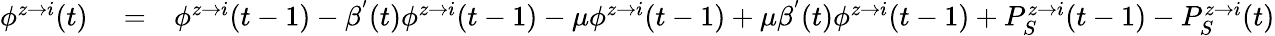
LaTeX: \begin{array}{rlr}{\phi^{z\rightarrow i}(t)}&{{}=}&{\phi^{z\rightarrow i}(t-1)-\beta^{'}(t)\phi^{z\rightarrow i}(t-1)-\mu\phi^{z\rightarrow i}(t-1)+\mu\beta^{'}(t)\phi^{z\rightarrow i}(t-1)+P_{S}^{z\rightarrow i}(t-1)-P_{S}^{z\rightarrow i}(t)}\end{array}